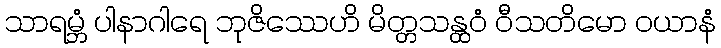
သာရမ္ဘံ ပါနာဂါရေ ဘုဇိဿေဟိ မိတ္တသန္ထဝံ ဝီသတိမော ဝယာနံ